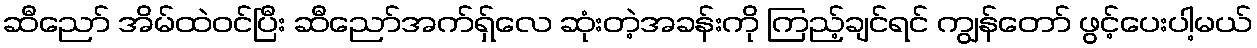
ဆီညော် အိမ်ထဲဝင်ပြီး ဆီညော်အက်ရှ်လေ ဆုံးတဲ့အခန်းကို ကြည့်ချင်ရင် ကျွန်တော် ဖွင့်ပေးပါ့မယ်